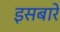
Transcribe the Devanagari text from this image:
इसबारे